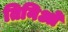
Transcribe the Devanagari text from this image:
तिनिओ